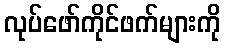
လုပ်ဖော်ကိုင်ဖက်များကို